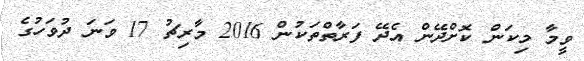
ވީމާ މިކަން ކޮށްދޭން އެދޭ ފަރާތްތަކުން 2016 މާރިޗު 17 ވަނަ ދުވަހުގެ